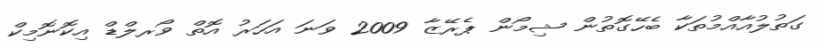
ގަތުލުއާއްމުތަކާ ބެހޭގޮތުން ޝިމޯން ޕެރޭޒާ 2009 ވަނަ އަހަރު އޮތް ވޯރލްޑް އިކޮނޮމިކް